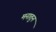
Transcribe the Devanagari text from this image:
मनातुन